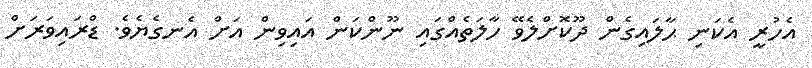
އެހުރީ އެކަނި ޙާލައިގެން ދޫކޮށްލެވޭ ހާލަތެއްގައި ނޫންކަން އައިވިން އަށް އެނގެޔެވެ. ޑްރައިވަރަށް